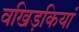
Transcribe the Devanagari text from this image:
वखिड़कियां